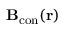
\mathbf { B } _ { \mathrm { c o n } } ( \mathbf { r } )